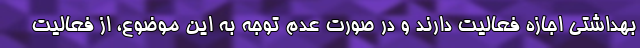
بهداشتی اجازه فعالیت دارند و در صورت عدم توجه به این موضوع، از فعالیت